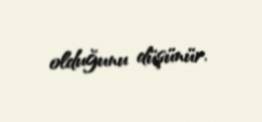
olduğunu düşünür.